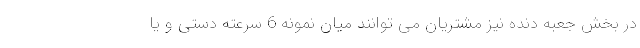
در بخش جعبه دنده نیز مشتریان می توانند میان نمونه 6 سرعته دستی و یا